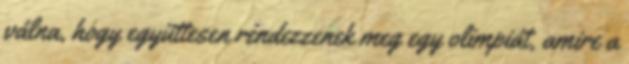
válna, hogy együttesen rendezzenek meg egy olimpiát, amire a